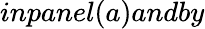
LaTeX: inpanel(a)andby